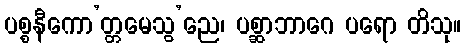
ပစ္စနီကော’တ္တမေသွ’ညေ၊ ပစ္ဆာဘာဂေ ပရော တိသု။